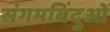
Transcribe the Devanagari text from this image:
संगमबिंदुओं